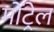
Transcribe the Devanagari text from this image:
मोंट्रेल